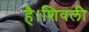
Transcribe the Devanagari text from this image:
है।शिवली